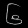
Digit: ၆